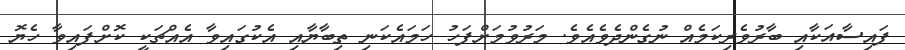
ފައިސާއަކާއި ބާރުވެރިކަމެއް ނުގެންދެވެއެވެ. މަރުވުމަށްފަހު ހަމައެކަނި ތިބާޔާއި އެކުގައިވާ އެއްޗަކީ ކޮށްފައިވާ ހެޔޮ